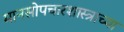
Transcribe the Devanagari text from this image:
मानसोपचारशास्त्राच्या